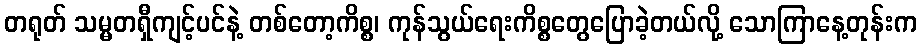
တရုတ် သမ္မတရှီကျင့်ပင်နဲ့ တစ်တော့ကိစ္စ၊ ကုန်သွယ်ရေးကိစ္စတွေပြောခဲ့တယ်လို့ သောကြာနေ့တုန်းက